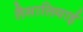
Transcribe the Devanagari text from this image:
लैसालियाई